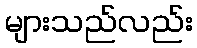
များသည်လည်း